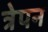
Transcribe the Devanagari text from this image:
त्रेपन